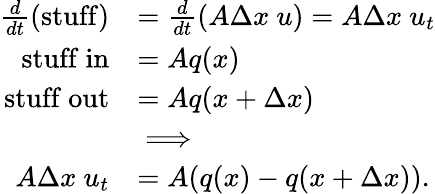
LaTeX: \begin{array}{rl}{\frac{d}{dt}(\mathrm{stuff})}&{=\frac{d}{dt}(A\Delta x~u)=A\Delta x~u_{t}}\\ {\mathrm{stuff~in}}&{=Aq(x)}\\ {\mathrm{stuff~out}}&{=Aq(x+\Delta x)}\\ &{\implies}\\ {A\Delta x~u_{t}}&{=A(q(x)-q(x+\Delta x)).}\end{array}